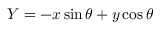
Y = - x \sin \theta + y \cos \theta